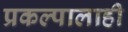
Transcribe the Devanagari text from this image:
प्रकल्पालाही